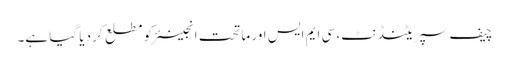
چیف سپریٹنڈنٹ، سی ایم ایس اور ماتحت انجینئر کو مطلع کر دیا گیا ہے۔